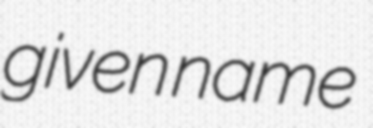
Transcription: given name